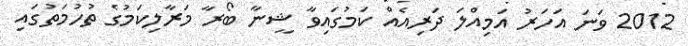
2012 ވަނަ އަހަރު އަމިއްލަ ދަރިއެއް ކަމުގައިވާ ޝީނާ ބޯރާ މަރާލިކަމުގެ ތުހުމަތުގައި